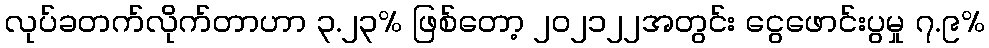
လုပ်ခတက်လိုက်တာဟာ ၃.၂၃% ဖြစ်တော့ ၂၀၂၁၂၂အတွင်း ငွေဖောင်းပွမှု ၇.၉%